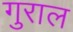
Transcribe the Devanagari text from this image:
गुराल